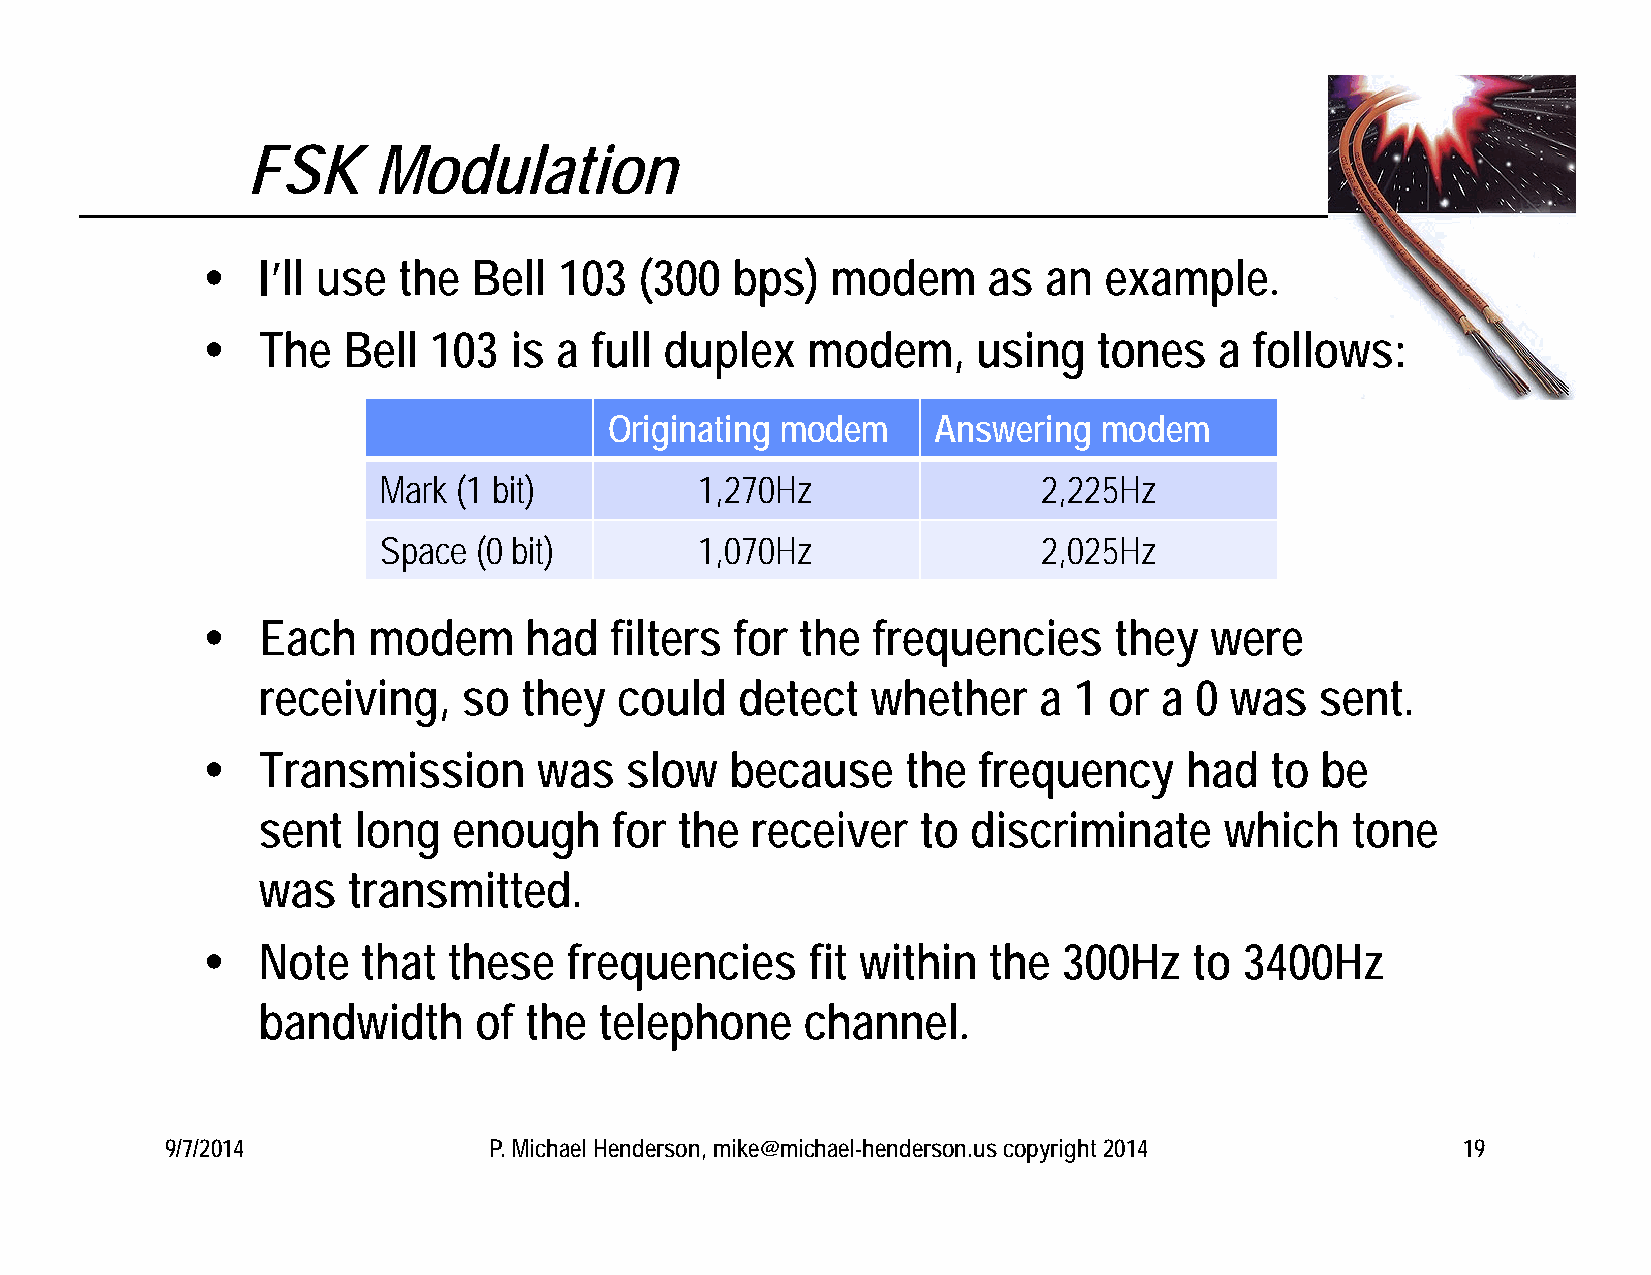
FSK      Modulation
    I’ll use the  Bell  103  (300  bps)   modem     as  an  example.
    The   Bell 103   is a full duplex   modem,      using   tones   a follows:
 Originating modem     Answering  modem
 Mark (1 bit)         1,270Hz                2,225Hz
 Space  (0 bit)       1,070Hz                2,025Hz
    Each   modem      had  filters  for the  frequencies     they  were
 receiving,    so  they  could   detect   whether    a 1 or  a 0 was   sent.
    Transmission       was  slow   because     the  frequency    had   to be
 sent  long   enough    for  the  receiver   to discriminate     which   tone
 was   transmitted.
    Note   that  these   frequencies     fit within the  300Hz    to 3400Hz
 bandwidth     of  the  telephone    channel.
 9/7/2014             P. Michael Henderson, mike@michael-henderson.us copyright 2014   19